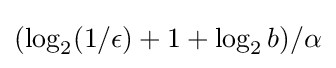
(\log _{2}(1/\epsilon )+1+\log _{2}b)/\alpha